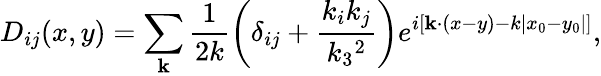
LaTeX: D_{ij}(x,y)=\sum_{\mathbf k}\frac{1}{2k}\left(\delta_{ij}+\frac{k_{i}k_{j}}{k_{3}{}^{2}}\right)e^{i\left[{\mathbf k\cdot(x-y)}-k|x_{0}-y_{0}|\right]},